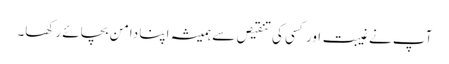
آپ نے غیبت اور کسی کی تنقیص سے ہمیشہ اپنا دامن بچائے رکھا۔